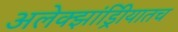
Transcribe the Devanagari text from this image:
अलेक्झांड्रिीयातच